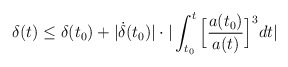
\begin{align*} \delta(t)\leq\delta(t_0)+|\dot{\delta}(t_0)|\cdot |\int_{t_0}^{t}\Big[\frac{a(t_0)} {a(t)}\Big]^3dt|\end{align*}